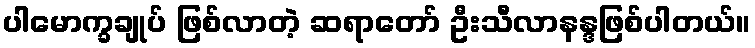
ပါမောက္ခချုပ် ဖြစ်လာတဲ့ ဆရာတော် ဦးသီလာနန္ဒဖြစ်ပါတယ်။